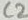
Text: C2